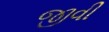
જીવી